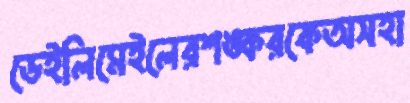
ডেইলিমেইলেরশঙ্করকেঅসহা